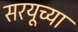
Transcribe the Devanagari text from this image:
सरयूच्या